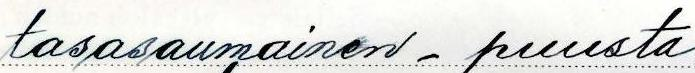
tasasaumainen - puusta